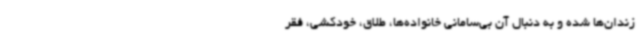
زندان‌ها شده و به دنبال آن بی‌سامانی خانواده‌ها، طلاق، خودکشی، فقر